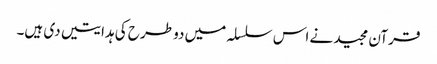
قرآن مجید نے اس سلسلہ میں دو طرح کی ہدایتیں دی ہیں۔